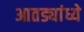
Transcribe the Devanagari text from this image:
आतड्यांध्ये